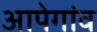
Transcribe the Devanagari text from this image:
आपेगांव